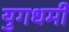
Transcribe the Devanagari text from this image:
युगधर्मी